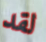
لقد